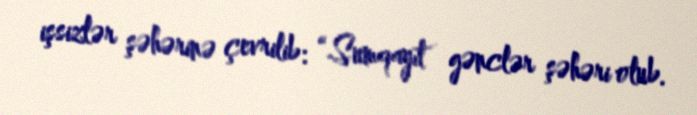
işsizlər şəhərinə çevrilib: “Sumqayıt gənclər şəhəri olub.